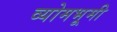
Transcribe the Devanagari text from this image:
व्योमभूमी